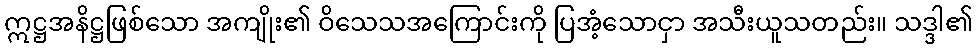
ဣဋ္ဌအနိဋ္ဌဖြစ်သော အကျိုး၏ ဝိသေသအကြောင်းကို ပြအံ့သောငှာ အသီးယူသတည်း။ သဒ္ဒါ၏